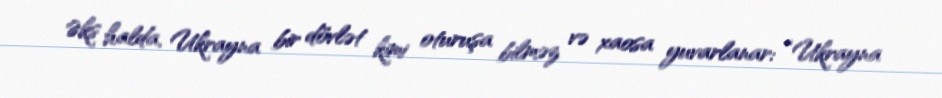
Əks halda, Ukrayna bir dövlət kimi oturuşa bilməz və xaosa yuvarlanar: “Ukrayna